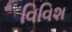
વિવિશ